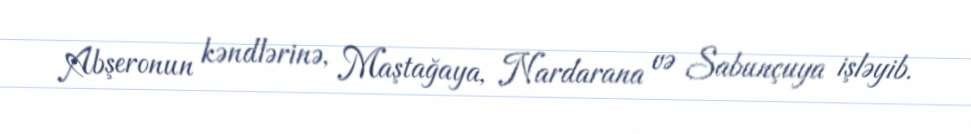
Abşeronun kəndlərinə, Maştağaya, Nardarana və Sabunçuya işləyib.